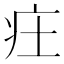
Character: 㽵